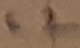
Text: C2